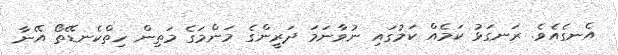
އެނގެއެވެ. ރަނގަޅު ކަމެއް ކަމުގައި ނުވާނަމަ ދަރީންގެ މަންމަގެ މަތިން ހިތްކެނޑޭތޯ އޭނާ